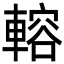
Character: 䡥